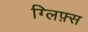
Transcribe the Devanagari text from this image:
ग्लिफ़्स